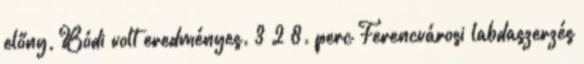
előny, Bódi volt eredményes. 3–2 8. perc Ferencvárosi labdaszerzés